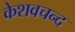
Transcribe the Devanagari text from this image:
केशवचन्द